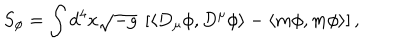
S _ { \phi } = \int d ^ { 4 } x \sqrt { - g } \ \left[ \langle D _ { \mu } \phi , D ^ { \mu } \phi \rangle - \langle m \phi , m \phi \rangle \right] ,